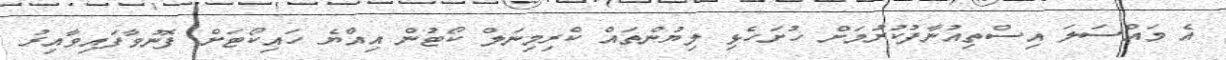
އެ މައްސަލަ އިސްތިއުނާފުކުރުމަށް ހުށަހެޅި ލިޔުންތައް ކްރިމިނަލް ކޯޓުން އިއްޔެ ހައިކޯޓަށް ފޮނުވާފައިވާއިރު